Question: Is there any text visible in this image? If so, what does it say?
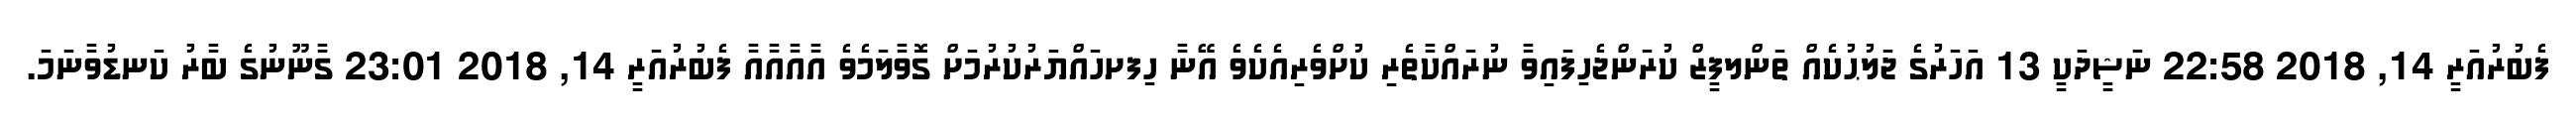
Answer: ފެބުރުއަރީ 14, 2018 22:58 ނަޝީދަކީ 13 އަހަރުގެ ޖަލުޙުކެއް ތަންލފީޒް ކުރަންޖެހިފައިވާ ނުރައްކާތެރި ކުށްވެރިއެކެވެ އޭނާ ހިފށހައްޔަރުކުރުމަށް ގޮވާލަމެވެ އާއާއާއާ ފެބުރުއަރީ 14, 2018 23:01 ގާނޫނުގެ ބާރު ކަނޑުވާނަމަ.